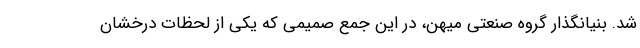
شد. بنیانگذار گروه صنعتی میهن، در این جمع صمیمی که یکی از لحظات درخشان